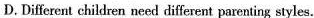
D.Different children need different parenting styles.